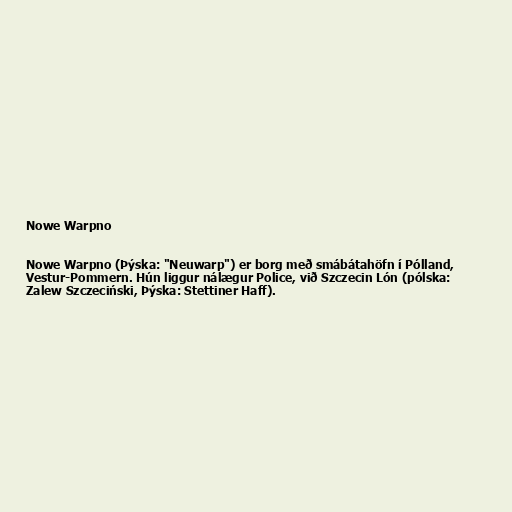
Nowe Warpno

Nowe Warpno (Þýska: "Neuwarp") er borg með smábátahöfn í Pólland,
Vestur-Pommern. Hún liggur nálægur Police, við Szczecin Lón (pólska:
Zalew Szczeciński, Þýska: Stettiner Haff).